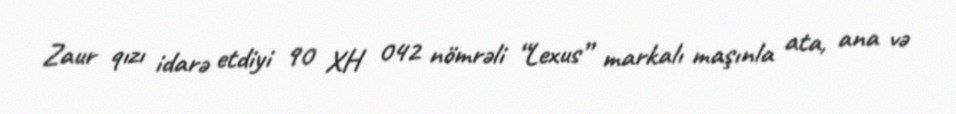
Zaur qızı idarə etdiyi 90 XH 042 nömrəli “Lexus” markalı maşınla ata, ana və